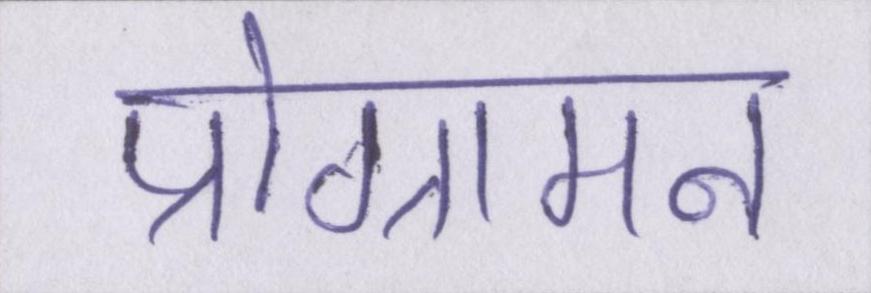
प्रोग्रामन